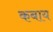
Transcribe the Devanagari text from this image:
कबाय